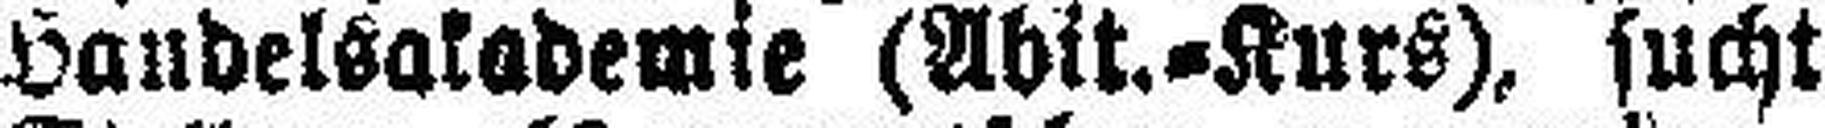
Handelsakademie (Abit.=Kurs), sucht